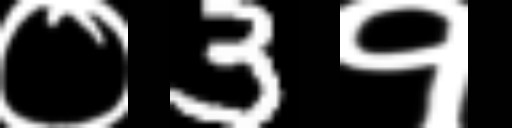
Text: ०3१